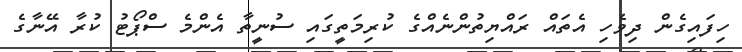
ހިފައިގެން ދިވެހި އެތައް ރައްޔިތުންނެއްގެ ކުރިމަތީގައި ސުނީތާ އެންމެ ސްޕޯޓު ކުރާ އޭނާގެ